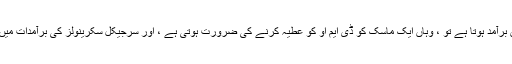
جب ماسک سرجیکل ماسک ایکسپورٹ میں برآمد ہوتا ہے تو ، وہاں ایک ماسک کو ڈی ایم او کو عطیہ کرنے کی ضرورت ہوتی ہے ، اور سرجیکل سکرینولز کی برآمدات میں ، تینوں افراد کے لئے ایک مجموعی لباس۔